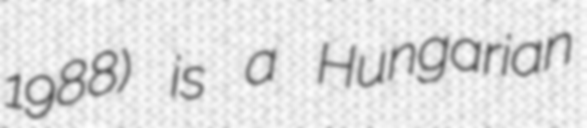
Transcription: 1988) is a Hungarian